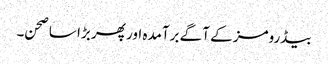
بیڈرومز کے آگے برآمدہ اور پھر بڑا سا صحن۔